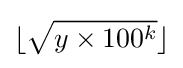
{\textstyle \lfloor {\sqrt {y\times 100^{k}}}\rfloor }